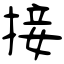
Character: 接